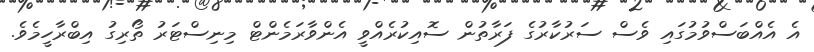
އެ އެއްބަސްވުމުގައި ވެސް ސަރުކާރުގެ ފަރާތުން ސޮއިކުރެއްވީ އެންވާރަމެންޓް މިނިސްޓަރު ތޯރިގު އިބްރާހީމެވެ.